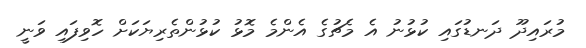
މުރައިދޫ ދަނޑުގައި ކުޅުނު އެ މެޗުގެ އެންމެ މޮޅު ކުޅުންތެރިޔަކަށް ހޮވިފައި ވަނީ